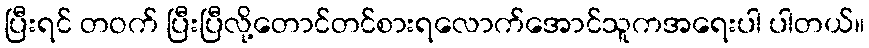
ပြီးရင် တဝက် ပြီးပြီလို့တောင်တင်စားရလောက်အောင်သူကအရေးပါ ပါတယ်။